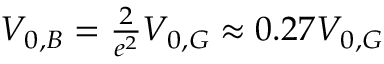
\begin{array} { r } { V _ { 0 , B } = \frac { 2 } { e ^ { 2 } } V _ { 0 , G } \approx 0 . 2 7 V _ { 0 , G } } \end{array}